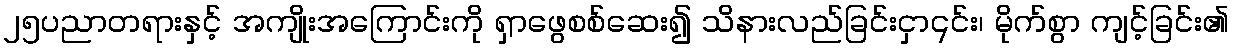
၂၅ပညာတရားနှင့် အကျိုးအကြောင်းကို ရှာဖွေစစ်ဆေး၍ သိနားလည်ခြင်းငှာ၎င်း၊ မိုက်စွာ ကျင့်ခြင်း၏